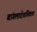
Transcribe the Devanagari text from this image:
बांगलादेशशिवाय